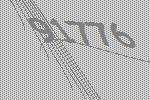
91776